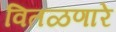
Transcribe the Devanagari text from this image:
वितळणारे